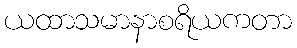
ယထာသမာနာစရိယကတာ